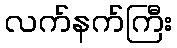
လက်နက်ကြီး